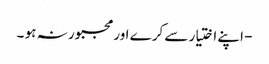
- اپنے اختیار سے کرے اورمجبور نہ ہو ۔